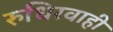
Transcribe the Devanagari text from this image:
रुधिरवाही